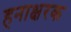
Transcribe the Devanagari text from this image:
हनाक्षरक